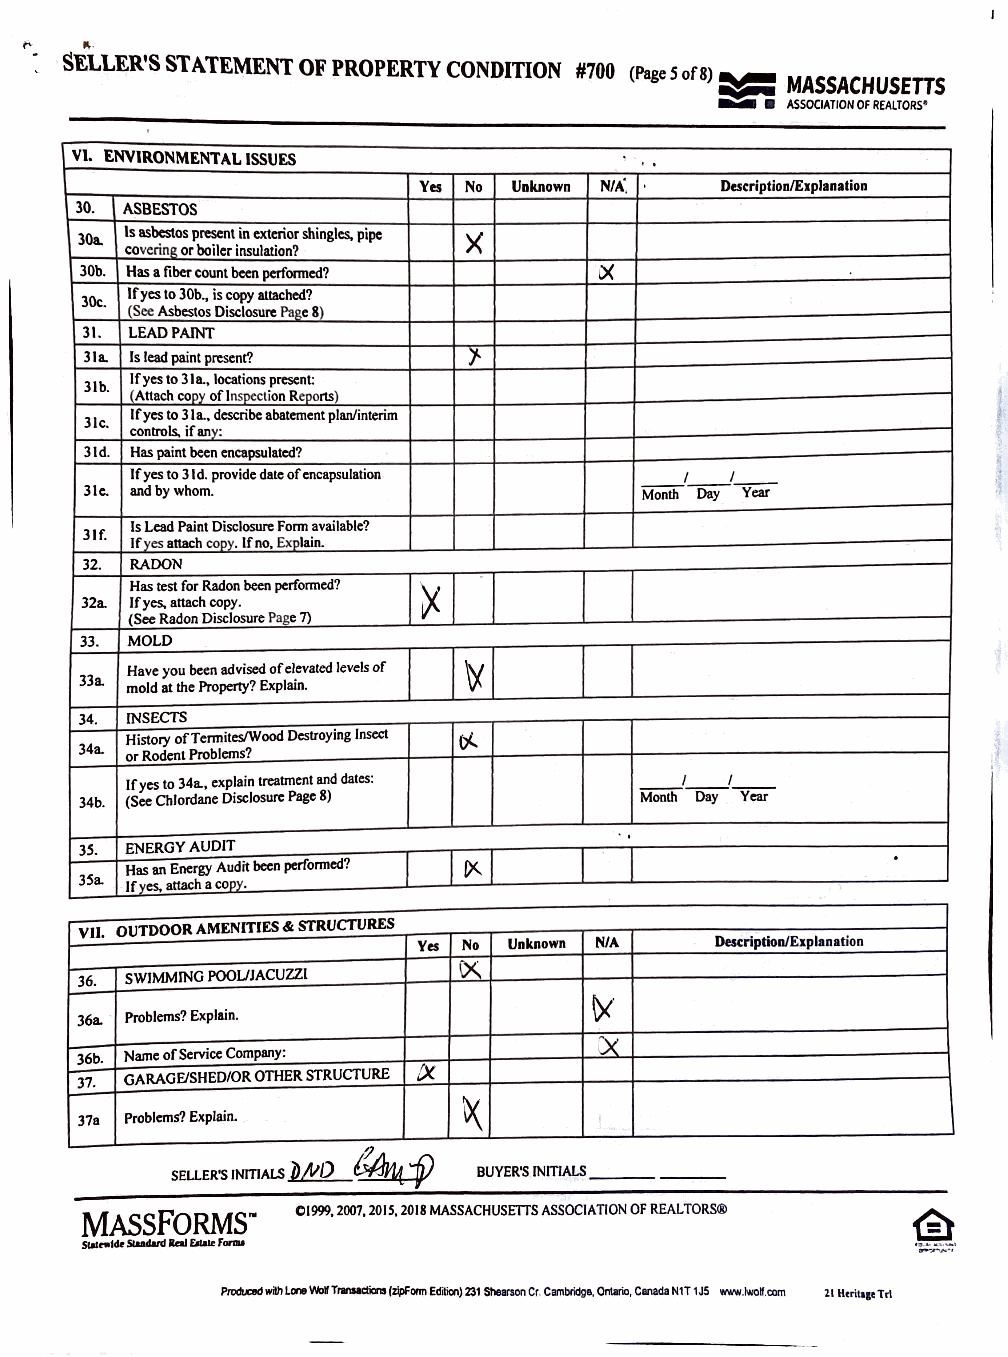
t'  1\-
 SELLER'S STATEMENT OF PROPERTY CONDITION #700 (Page 5 of 8) MASSACHUSETTS
 ::-::::: ASSOCIATION OF REALTORS•
 VI. ENVIRONMENTAL ISSUES
 Yes No Unknown NIA. Description/Explanation
 30. 1 ASBESTOS
 30a. Is asbestos present in exterior shingles, pipe X
 covering or boiler insulation?
 30b. Has a fiber count been performed?
 If yes to 30b., is copy attached?
 30c.
 (See Asbestos Disclosure Page 8)
 31. LEAD PAINT
 3 la. Is lead paint present? 1
 If yes to 31 a., locations present:
 31b.
 Attach coov of lnsoection Rep_orts)
 If yes to 31 a.. describe abatement plan/interim
 31c.
 controls, if anv:
 31d. Has paint been encapsulated?
 If yes to 31 d. provide date of encapsulation I I
 31c. and by whom.                    Month Day Year
 Is Lead Paint Disclosure Form available?
 31f.
 If yes attach copy. If no, Explain.
 32. RADON
 Has test for Radon been performed?
 32a. If yes. attach copy.
 (See Radon Disclosure Page 7)
 33. MOLD
 Have you been advised of elevated levels of
 33a. mold at the Property? Explain.
 34. INSECTS
 History ofTermitcs/Wood Destroying Insect
 34a. or Rodent Problems?
 If yes to 34a., explain treatment and dates: I I
 34b. (See Chlordane Disclosure Page 8) Month Day Year
 35. ENERGY AUDIT
 Has an Energy Audit been performed?
 3Sa. If yes, attach a COPY.
 vu. OUTDOOR AMENITIES & STRUCTURES
 Yes No Unknown N/A Description/Explanation
 36. SWIMMING POOL/JACUZZI
 36a. Problems? Explain.
 36b. Name of Service Company:
 [X
 37. GARAGf/SHED/OR OTHER STRUCTURE
 37a Problems? Explain.
 SELLER'S INITIALS }),NO BUYER'S INITIALS ______
 01999, 2007, 2015, 2018 MASSACHUSITTS ASSOCIATION OF REALTORS®
 MASSFORMS'"
 5111,.1.i,.5lu4ud lalflul<fonu
 Prtwald wilh Lore v.bf Tnnadms (zipfonn Edition) 231 Shear!on Cr. Cambridge, Ontario, Canada N1T 1J5 www.t<loW.com 21 Hcrit11t Tri